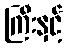
ကြီးနှင့်